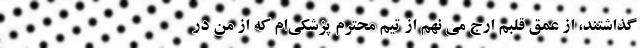
گذاشتند، از عمق قلبم ارج می نهم از تیم محترم پزشکی‌ام که از من در